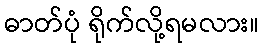
ဓာတ်ပုံ ရိုက်လို့ရမလား။